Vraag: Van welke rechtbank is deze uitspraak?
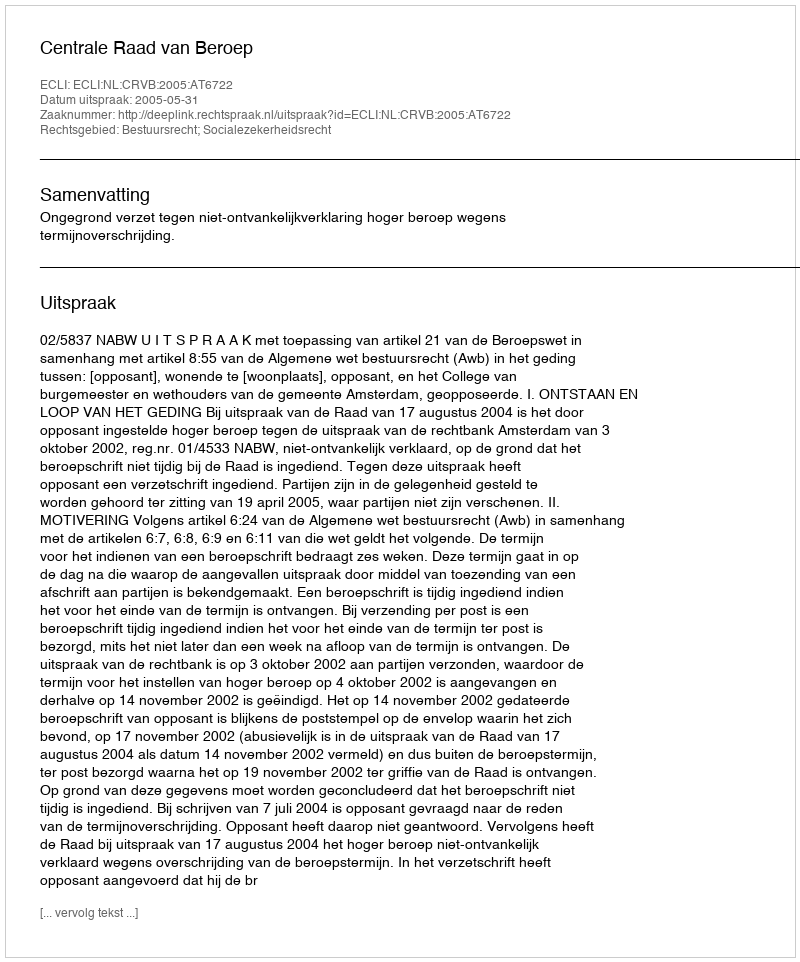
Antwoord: Centrale Raad van Beroep